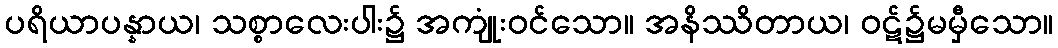
ပရိယာပန္နာယ၊ သစ္စာလေးပါး၌ အကျုံးဝင်သော။ အနိဿိတာယ၊ ဝဋ်၌မမှီသော။